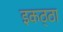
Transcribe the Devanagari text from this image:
इकठ्‌ठा